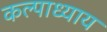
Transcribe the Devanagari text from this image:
कल्पाध्याय